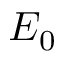
E _ { 0 }